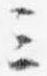
三